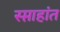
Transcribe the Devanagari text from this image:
स्प्ताहांत